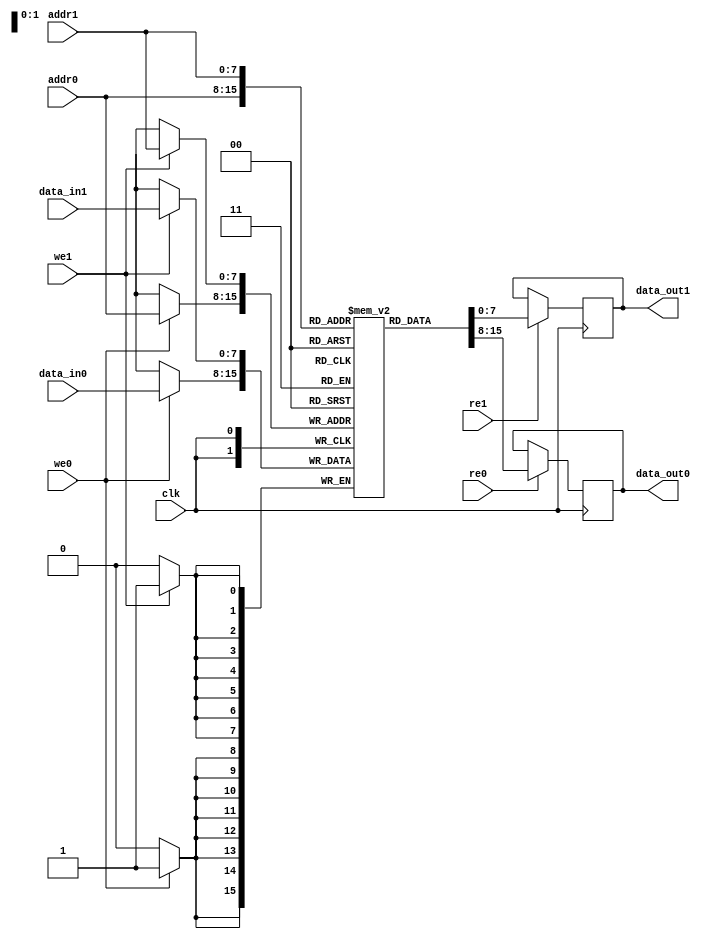
module MPSRAM #(
    parameter ADDR_WIDTH = 8,  // Address width (number of addressable locations)
    parameter DATA_WIDTH = 8,   // Data width (bits per word)
    parameter DEPTH = 1 << ADDR_WIDTH // Depth of the memory (2^ADDR_WIDTH)
)(
    input wire clk,
    
    // Port 0 Interface
    input wire [ADDR_WIDTH-1:0] addr0,
    input wire [DATA_WIDTH-1:0] data_in0,
    output reg [DATA_WIDTH-1:0] data_out0,
    input wire we0, // Write enable for port 0
    input wire re0, // Read enable for port 0
    
    // Port 1 Interface
    input wire [ADDR_WIDTH-1:0] addr1,
    input wire [DATA_WIDTH-1:0] data_in1,
    output reg [DATA_WIDTH-1:0] data_out1,
    input wire we1, // Write enable for port 1
    input wire re1  // Read enable for port 1
);

    // Memory array
    reg [DATA_WIDTH-1:0] memory [0:DEPTH-1];

    // Port 0 Read/Write Logic
    always @(posedge clk) begin
        if (we0) begin
            memory[addr0] <= data_in0; // Write data to memory
        end
        if (re0) begin
            data_out0 <= memory[addr0]; // Read data from memory
        end
    end

    // Port 1 Read/Write Logic
    always @(posedge clk) begin
        if (we1) begin
            memory[addr1] <= data_in1; // Write data to memory
        end
        if (re1) begin
            data_out1 <= memory[addr1]; // Read data from memory
        end
    end

endmodule